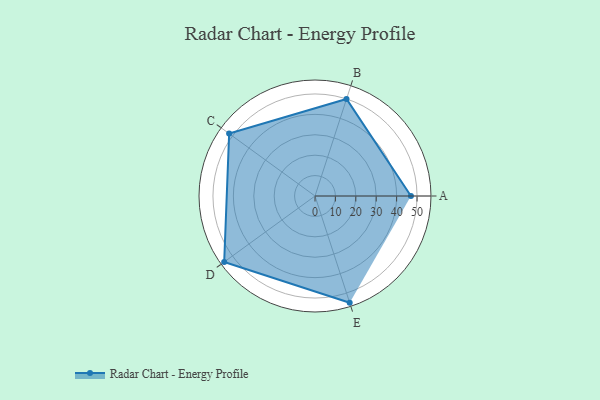
{"axis": {"x": "Skill", "y": "Score"}, "legend": ["Profile"], "data": [{"x": "A", "y": 47.0, "type": "Profile"}, {"x": "B", "y": 50.0, "type": "Profile"}, {"x": "C", "y": 52.0, "type": "Profile"}, {"x": "D", "y": 55.0, "type": "Profile"}, {"x": "E", "y": 55.0, "type": "Profile"}]}